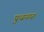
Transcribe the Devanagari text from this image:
पुथनारु